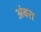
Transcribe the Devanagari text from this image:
अंबरा